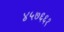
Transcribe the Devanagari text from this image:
४५७६६१